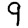
Digit: 9